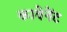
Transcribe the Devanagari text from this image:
कावेनेंट